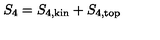
S _ { 4 } = S _ { 4 , \mathrm { k i n } } + S _ { 4 , \mathrm { t o p } }